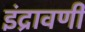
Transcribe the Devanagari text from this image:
इंद्रावणी